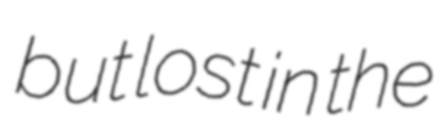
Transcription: but lost in the